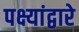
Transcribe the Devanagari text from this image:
पक्ष्यांद्वारे